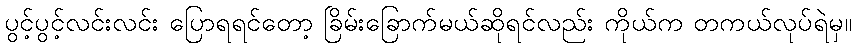
ပွင့်ပွင့်လင်းလင်း ပြောရရင်တော့ ခြိမ်းခြောက်မယ်ဆိုရင်လည်း ကိုယ်က တကယ်လုပ်ရဲမှ။